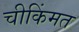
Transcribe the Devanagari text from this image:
चीकिंमत